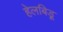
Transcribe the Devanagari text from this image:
हेलबिड़ू